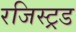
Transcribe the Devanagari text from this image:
रजिस्ट्रड